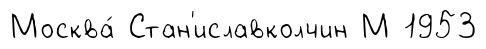
Москва́ Стан'иславколчин М 1953